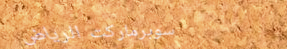
سوبرماركت الرياض